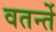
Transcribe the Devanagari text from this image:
वतर्न्ते